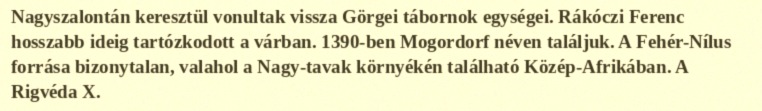
Nagyszalontán keresztül vonultak vissza Görgei tábornok egységei. Rákóczi Ferenc hosszabb ideig tartózkodott a várban. 1390-ben Mogordorf néven találjuk. A Fehér-Nílus forrása bizonytalan, valahol a Nagy-tavak környékén található Közép-Afrikában. A Rigvéda X.